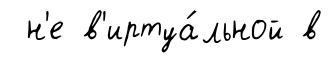
н'е в'иртуа́льной в